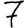
Digit: 7